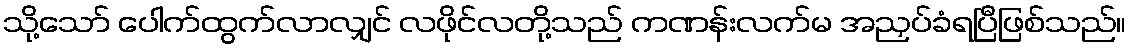
သို့သော် ပေါက်ထွက်လာလျှင် လဖိုင်လတို့သည် ကဏန်းလက်မ အညှပ်ခံရပြီဖြစ်သည်။